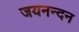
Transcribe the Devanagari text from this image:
जयनन्दन